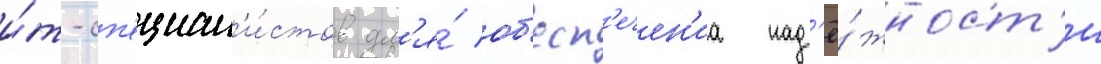
и́т-сп'ециал'и́стов дл'я́ об'есп'ечен'иа над'ё́жност'и